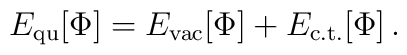
E_{\rm qu}[\Phi]=E_{\rm vac}[\Phi]+E_{\rm c.t.}[\Phi]\, .